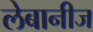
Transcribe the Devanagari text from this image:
लेबानीज